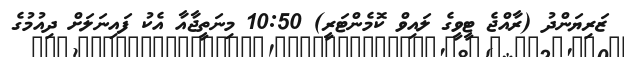
ޒަރިޔަންދު (ރާއްޖެ ޓީވީގެ ލައިވް ކޮމެންޓަރީ) 10:50 މިނަތީޖާއާ އެކު ފައިނަލަށް ދިއުމުގެ